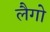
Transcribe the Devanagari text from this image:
लैगो